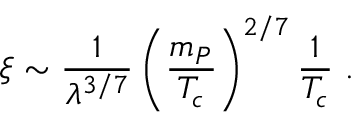
\xi \sim \frac { 1 } { \lambda ^ { 3 / 7 } } \left( { \frac { m _ { P } } { T _ { c } } } \right) ^ { 2 / 7 } { \frac { 1 } { T _ { c } } } ~ .